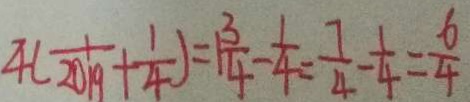
4 ( \frac { 1 } { 2 0 1 9 } + \frac { 1 } { 4 } ) = 1 \frac { 3 } { 4 } - \frac { 1 } { 4 } = \frac { 7 } { 4 } - \frac { 1 } { 4 } = \frac { 6 } { 4 }